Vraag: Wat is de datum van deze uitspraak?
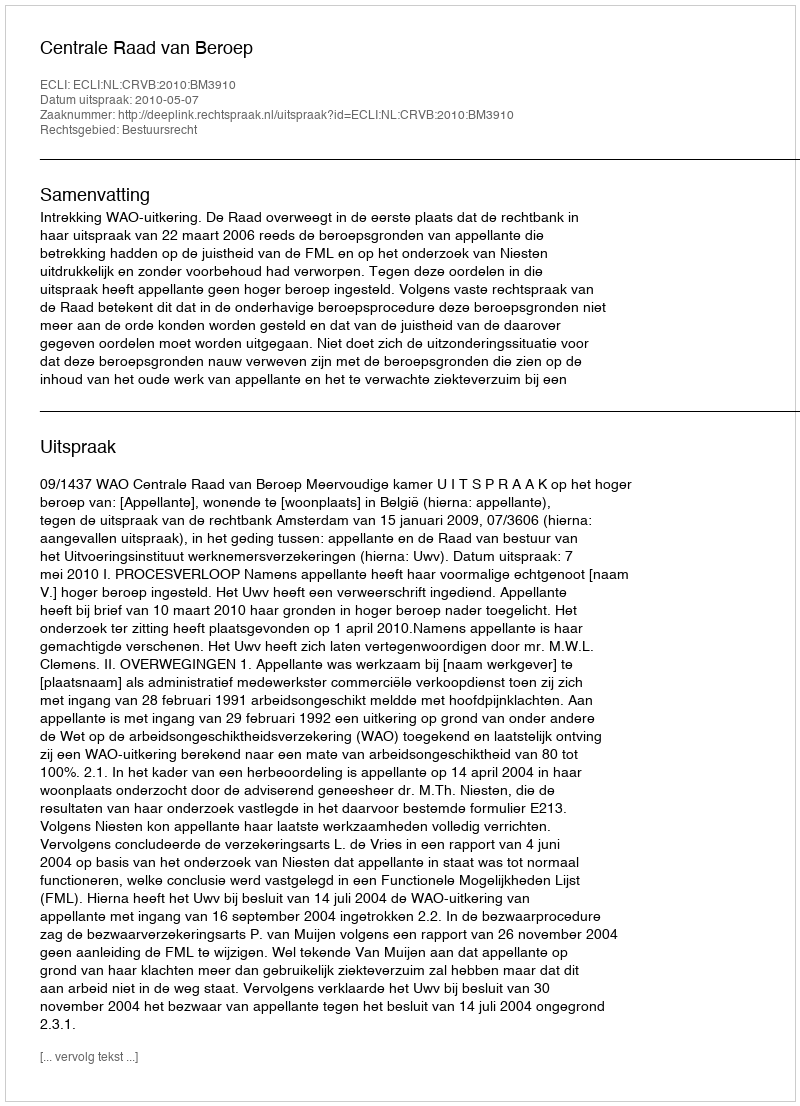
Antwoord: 2010-05-07